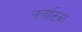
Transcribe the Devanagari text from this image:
ललाटिकां